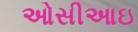
ઓસીઆઇ